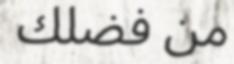
من فضلك